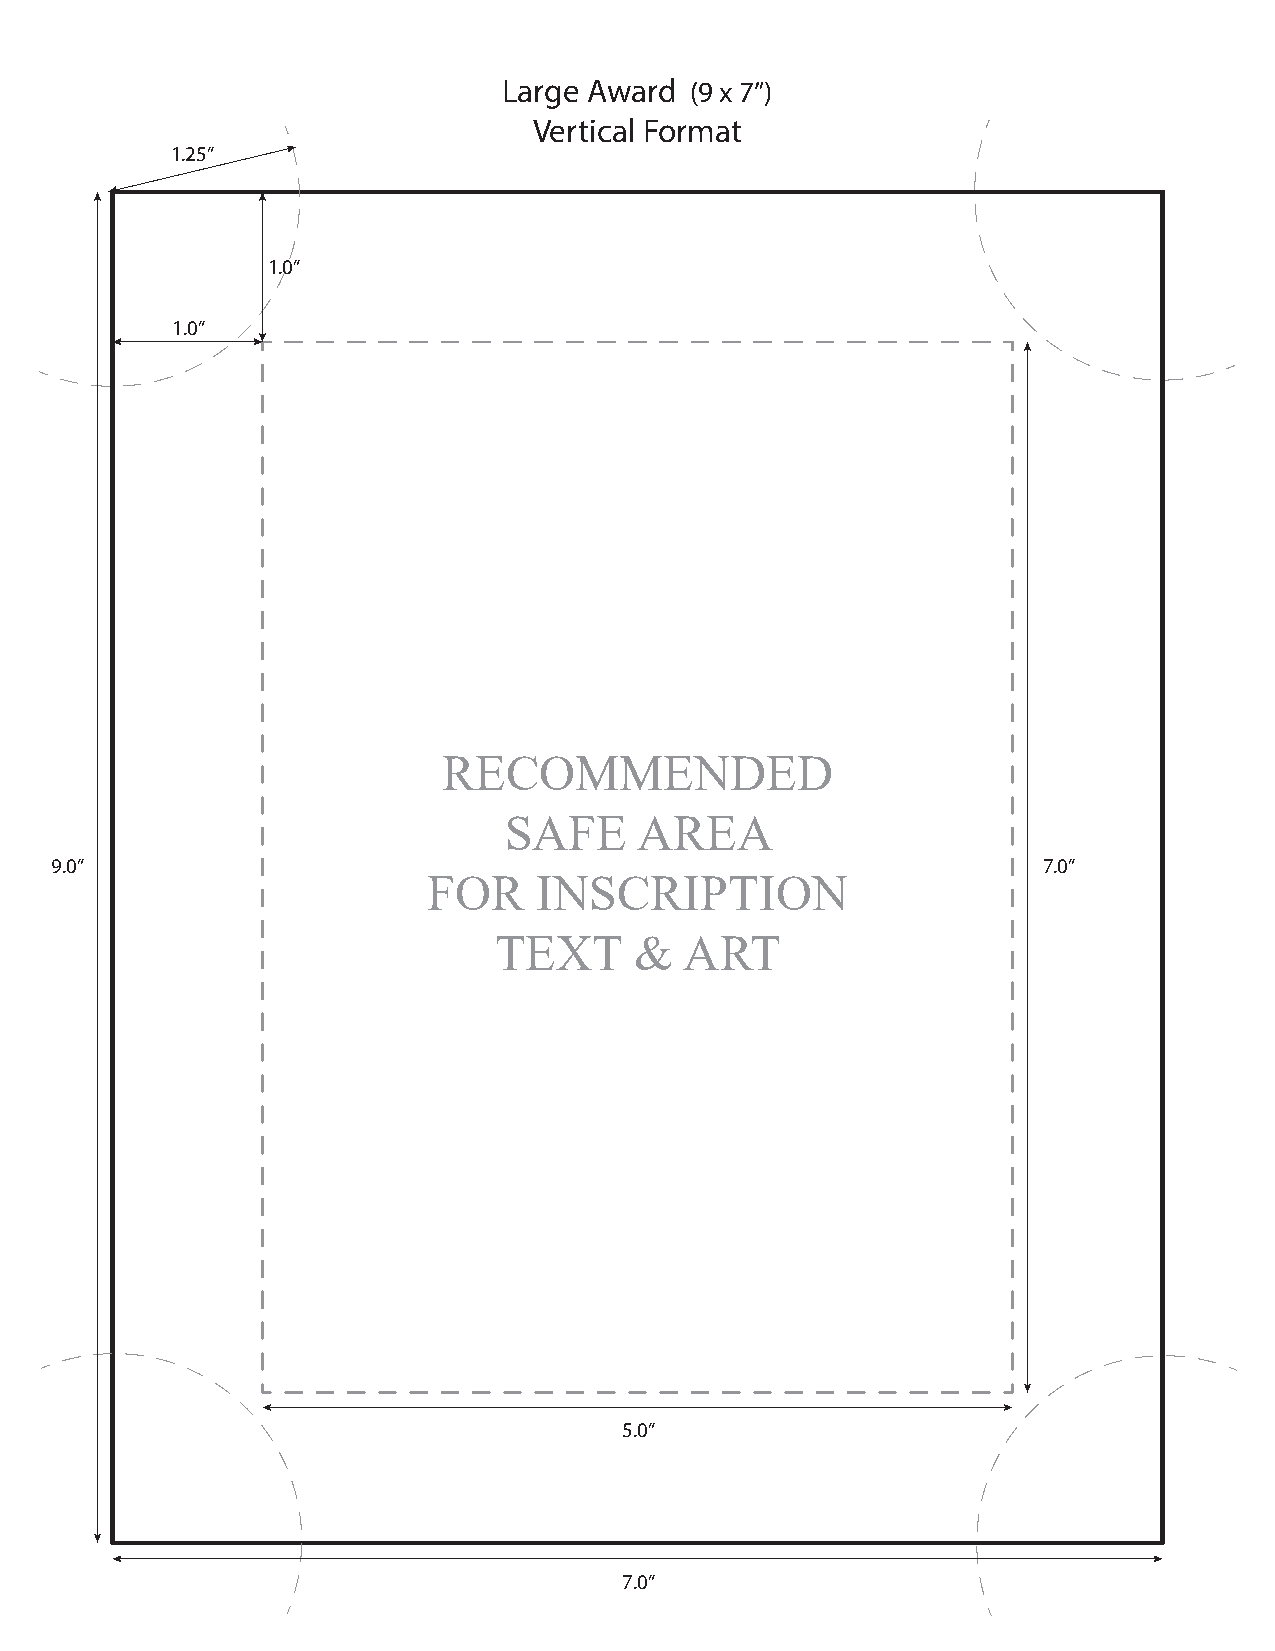
Large Award  (9 x 7”)
 Vertical Format
 1.25”
 1.0”
 1.0”
 RECOMMENDED
 SAFE     AREA
 9.0”                                                              7.0”
 FOR     INSCRIPTION
 TEXT     &  ART
 5.0”
 7.0”